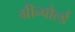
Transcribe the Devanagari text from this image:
ग्रीन्वोर्ल्ड